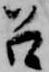
召